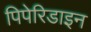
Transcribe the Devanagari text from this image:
पिपेरिडाइन